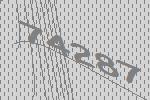
74287